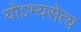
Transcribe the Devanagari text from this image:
योऽभ्यसेत्य